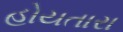
હોયતારા